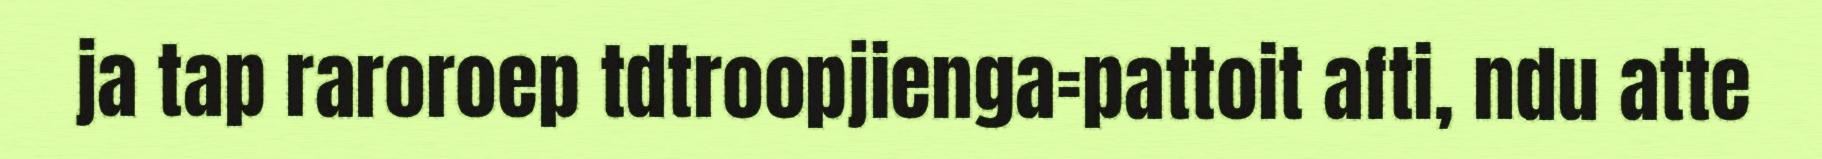
ja tap raroroep tdtroopjienga=pattoit afti, ndu atte